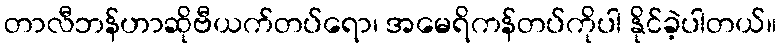
တာလီဘန်ဟာဆိုဗီယက်တပ်ရော၊ အမေရိကန်တပ်ကိုပါ နိုင်ခဲ့ပါတယ်။